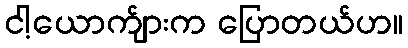
ငါ့ယောက်ျားက ပြောတယ်ဟ။